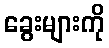
ခွေးများကို